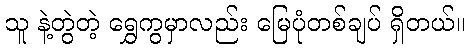
သူ နဲ့တွဲတဲ့ ရွှေကွမှာလည်း မြေပုံတစ်ချပ် ရှိတယ်။